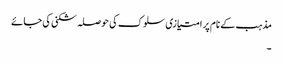
مذہب کے نام پر امتیازی سلوک کی حوصلہ شکنی کی جائے
۔